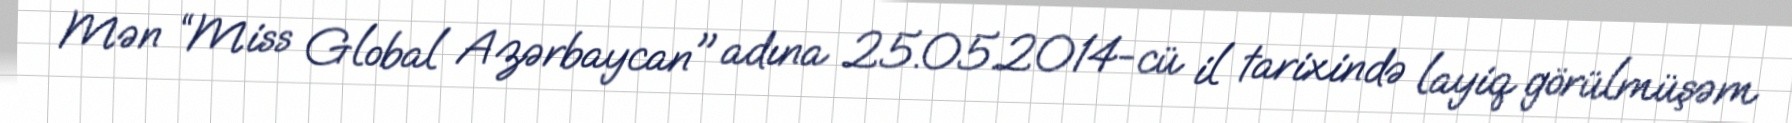
Mən “Miss Global Azərbaycan" adına 25.05.2014-cü il tarixində layiq görülmüşəm